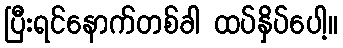
ပြီးရင်နောက်တစ်ခါ ထပ်နှိပ်ပေါ့။